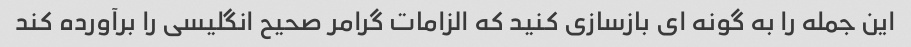
این جمله را به گونه ای بازسازی کنید که الزامات گرامر صحیح انگلیسی را برآورده کند